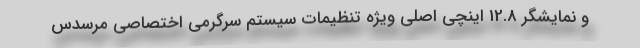
و نمایشگر 12.8 اینچی اصلی ویژه تنظیمات سیستم سرگرمی اختصاصی مرسدس